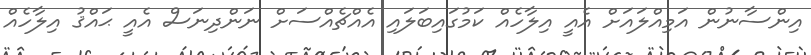
އިންސާނުން އަމިއްލައަށް އެއީ އިލާހެއް ކަމުގައިބަލައި އެއްޗެއްސަށް ނަންދިނަސް އެއީ ޙައްޤު އިލާހެއް